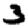
Digit: 3